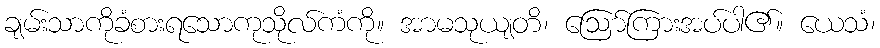
ချမ်းသာကိုခံစားရသောကုသိုလ်ကံကို။ အာမသုယျတိ၊ ဩော်ကြားအပ်ပါ၏။ ယေသံ၊